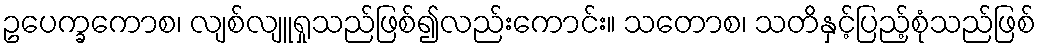
ဥပေက္ခကောစ၊ လျစ်လျူရှုသည်ဖြစ်၍လည်းကောင်း။ သတောစ၊ သတိနှင့်ပြည့်စုံသည်ဖြစ်